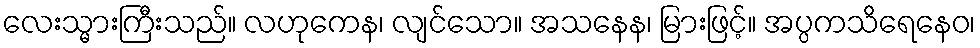
လေးသ္မားကြီးသည်။ လဟုကေန၊ လျင်သော။ အသနေန၊ မြားဖြင့်။ အပ္ပကသိရေနေဝ၊